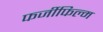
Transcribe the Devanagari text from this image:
फर्जीफिल्म